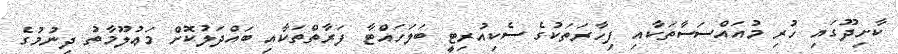
ކާށިދޫގައި ހުރި މުއައްސަސާތަކާއި ފިހާރަތަކުގެ ސެކިއުރިޓީ ބަލަހައްޓާ ފަރާތްތަކާއި ބައްދަލުކޮށް މަޢުލޫމާތު ދިނުމުގެ